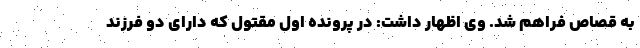
به قصاص فراهم شد. وی اظهار داشت: در پرونده اول مقتول که دارای دو فرزند